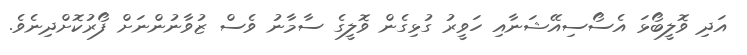
އަދި ވޮލީބޯޅަ އެސޯސިއޭޝަނާއި ހަވީރު ގުޅިގެން ވޮލީގެ ސާމާނު ވެސް ޒުވާނުންނަށް ފޯރުކޮށްދިނެވެ.